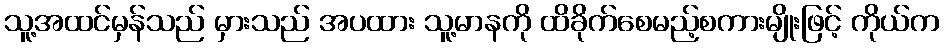
သူ့အထင်မှန်သည် မှားသည် အပထား သူ့မာနကို ထိခိုက်စေမည့်စကားမျိုးဖြင့် ကိုယ်က